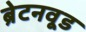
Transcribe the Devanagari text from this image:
ब्रेटनवूड